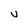
Character: u